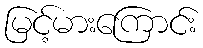
မြင့်မားကြောင်း